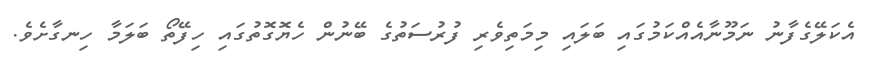
އެކަލޭގެފާނު ނަމޫނާއެއްކަމުގައި ބަލައި މިމަތިވެރި ފުރުސަތުގެ ބޭނުން ހެޔޮގޮތުގައި ހިފޭތޯ ބަލަމާ ހިނގާށެވެ.